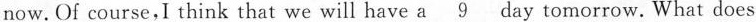
now.Of course,I think that we will have a\underline{9}day tomorrow.What does